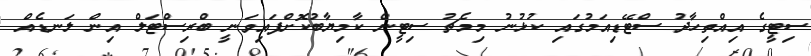
ސިޓީގެ އިއްތިހާދު ސްޓޭޑިއަމުގައި ކުޅުނު މިމެޗު ސިޓީން ކާމިޔާބުކޮށްފައިވަނީ ބްރިސްޓަލް އިން ލަނޑެއް